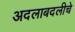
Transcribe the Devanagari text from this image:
अदलाबदलीचे